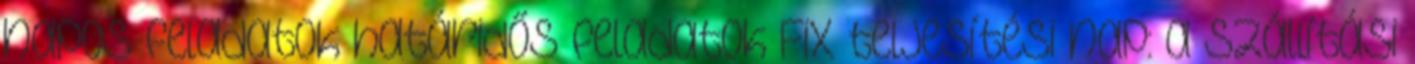
napos feladatok határidős feladatok Fix teljesítési nap: a szállítási